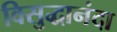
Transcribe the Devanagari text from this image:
विसुद्धानंदा